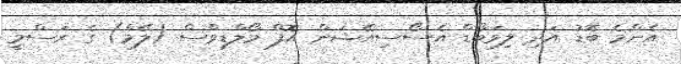
އެންމެ ބޮޑު އަދި ލިވަބޯޑް އެސޯސިއޭޝަން އޮފް މޯލްޑިވްސް (ލޭމް) ގެ ރަސްމީ